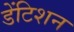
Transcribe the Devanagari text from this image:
डेंटिशन